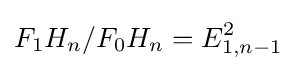
F_{1}H_{n}/F_{0}H_{n}=E_{1,n-1}^{2}